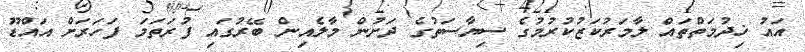
އައު ޚިދުމަތްތައް ލާމަރުކަޒުކުރުމުގެ ސިޔާސަތުގެ ދަށުން މާލެއިން ބޭރުގައި ފުރަތަމަ ފަހަރަށް އައްޑޫ